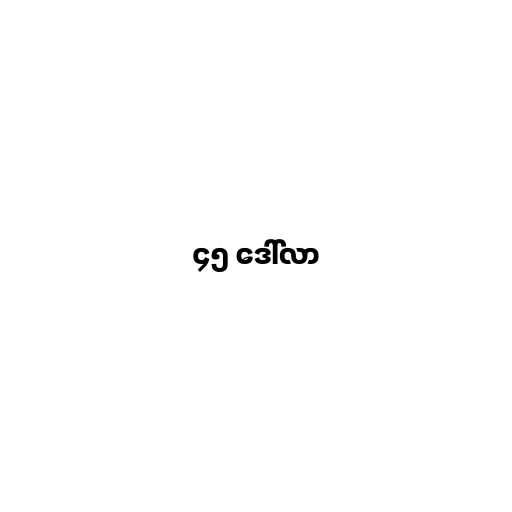
၄၅ ဒေါ်လာ